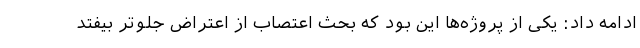
ادامه داد: یکی از پروژه‌ها این بود که بحث اعتصاب از اعتراض جلوتر بیفتد